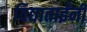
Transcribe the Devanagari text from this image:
विद्याताईंनी